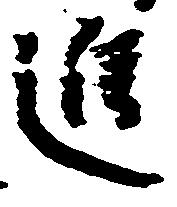
進